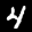
Label: 4